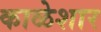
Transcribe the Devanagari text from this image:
काळेशार